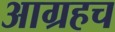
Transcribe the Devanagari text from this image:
आग्रहच